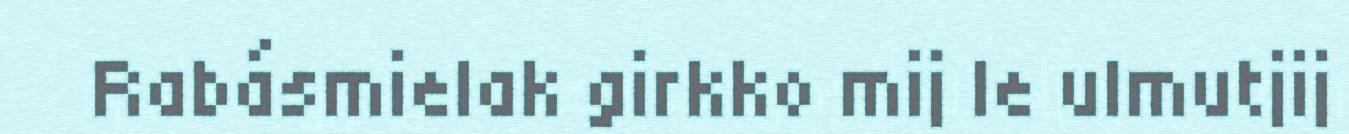
Rabásmielak girkko mij le ulmutjij